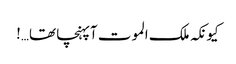
کیونکہ ملک الموت آپہنچا تھا…!